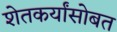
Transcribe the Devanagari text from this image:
शेतकर्यांसोबत